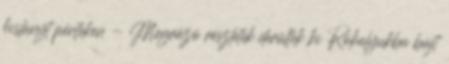
kislányt pénteken - Megrázó részletek derültek ki Rókalyukba bújt